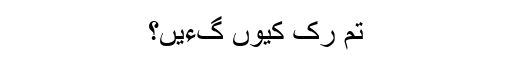
تم رک کیوں گءیں؟